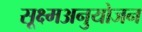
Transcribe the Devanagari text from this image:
सूक्ष्मअनुयोजन